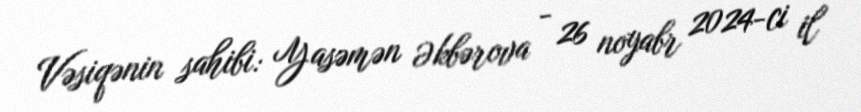
Vəsiqənin sahibi: Yasəmən Əkbərova - 26 noyabr 2024-ci il